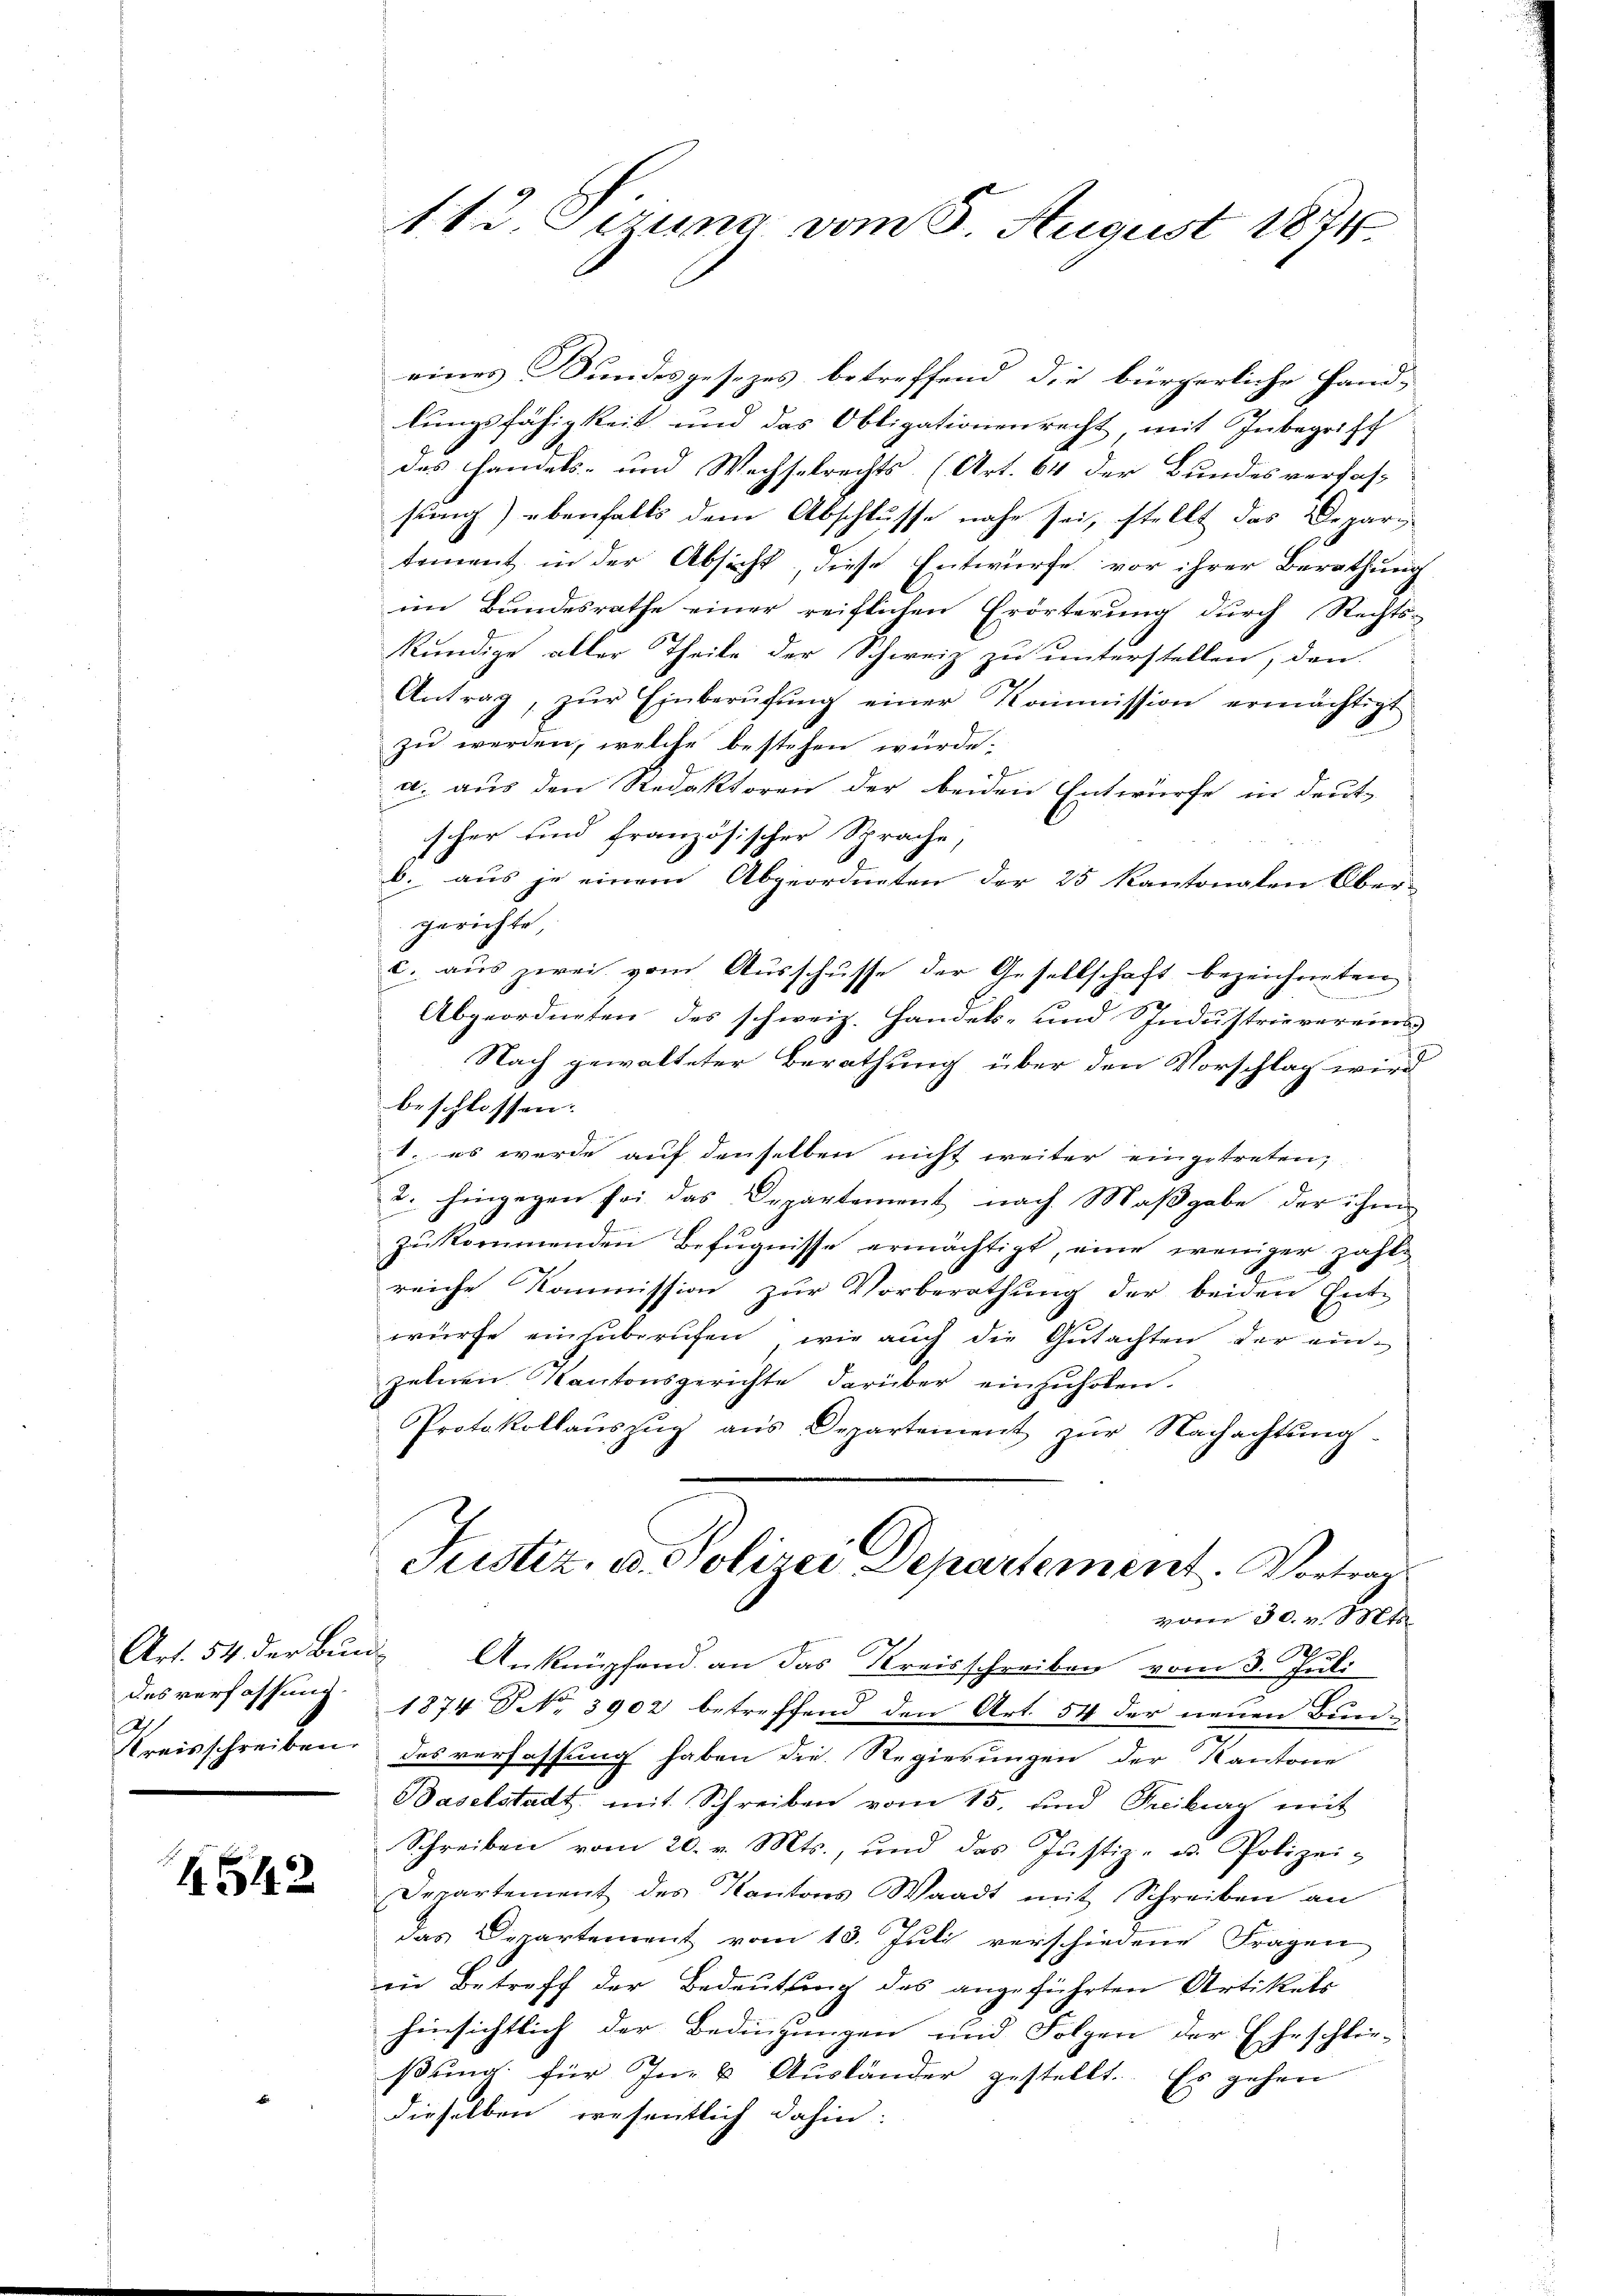
A
treisschreiben.

4542

112. Sezung vom 8. August 1874.

eines Bundesgesezes betreffend die bürgerliche Hand-
lungsfähigkeit und das Obligationenrecht, mit Inbegriff
des Handels- und Wechselrechts (Art. 64 der Bundes verfas-
sung) ebenfalls dem Abschlusse nahe sei, stellt das Depari
tement in der Absicht, diese Entwurfe vor ihrer Berathung
im Bundesrathe einer reiflichen Erörterung durch Rechts-
kundige aller Theile der Schweiz zu unterstellen, den
Antrag, zŭr Einberŭfŭng einer Kommission ermächtigt
zu werden, welche bestehen würde;
a. aus den Redaktoren der beiden Entwurfe in deut
scher und französischer Sprache,
b. aus je einem Abgeordneten der 25 Kantonalen Ober-
gerichte,
c. aus zwei vom Ausschusse der Gesellschaft bezeichneten
Abgeordneten des schweiz. Handels- und Industrievereins
Nach gewalteter Berathung über den Vorschlag wird
beschlossen.
t. es werde auf denselben nicht weiter eingetreten,
2. hingegen sei das Departement nach Maßgabe der ihm
zukommenden Befugnisse ermächtigt, eine weniger zahl-
reiche Kommission zur Vorberathung der beiden Ent-
würfe einzuberufen, wie auch die Gutachten der ein-
zelnen Kantonsgerichte darüber einzuholen.
Protokollaŭszŭg aŭs Departement zŭr Nachachtŭng.
Justiz, u. Polizei Departement. Vortrag
vom 30. v. Mts.
Art. 54 der Bunde Anknüpfend an das Kreisschreiben vom 3. Juli
desverfassung 1874 NNo. 3902 betreffend den Art. 54 der neuen Bundes verfassung haben die Regierungen der Kantone
Baselstadt mit Schreiben vom 15. und Freiburg mit
Schreiben vom 20. v. Mts., und das Justiz- u. Polizei-
Departement des Kantons Waadt mit Schreiben an
das Departement vom 13. Juli verschiedene Fragen
in Betreff der Bedeutung des angeführten Artikels
hinsichtlich der Bedingungen und Folgen der Eheschlie-
ßung für In- u Aŭsländer gestellt. Es gehen
dieselben eresentlich dahin: